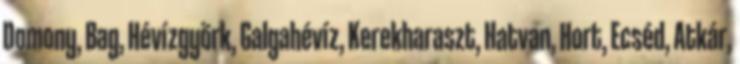
Domony, Bag, Hévízgyörk, Galgahévíz, Kerekharaszt, Hatvan, Hort, Ecséd, Atkár,